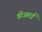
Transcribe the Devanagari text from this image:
डीआरई